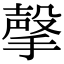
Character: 撀